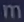
Transcribetheimage